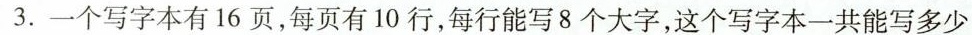
3.一个写字本有16页，每页有10行，每行能写8个大字，这个写字本一共能写多少